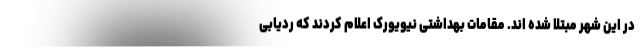
در این شهر مبتلا شده اند. مقامات بهداشتی نیویورک اعلام کردند که ردیابی